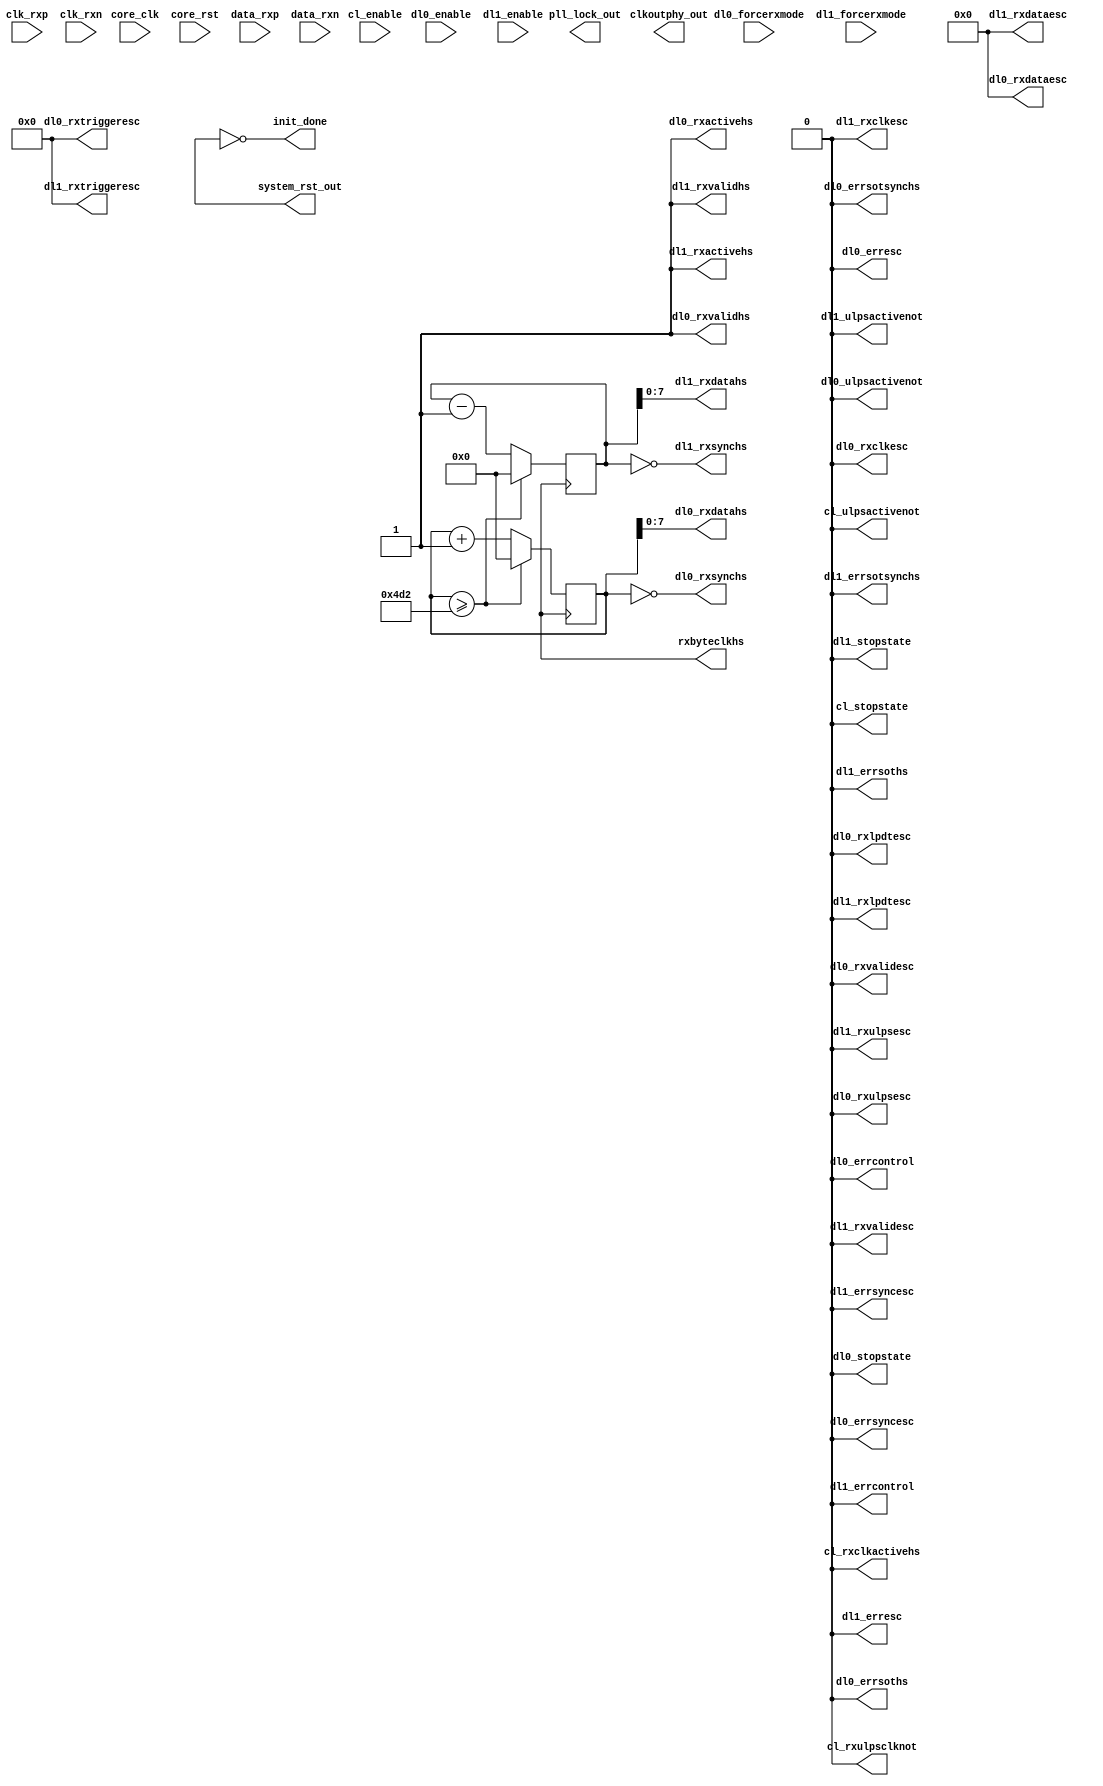
`timescale 1ns/1ps

module mipi_dphy_cam
   (
       input                core_clk,
       input                core_rst,
       output               rxbyteclkhs,


       output               clkoutphy_out,
       output               pll_lock_out,
       output               system_rst_out,
       output               init_done,

       //Clock lane PPI RX interface 
       output               cl_rxclkactivehs,
       output               cl_stopstate,
       input                cl_enable,
       output               cl_rxulpsclknot,
       output               cl_ulpsactivenot,

       //Data lane - 0 PPI RX high speed signals
       output   [7:0]       dl0_rxdatahs,
       output               dl0_rxvalidhs,
       output               dl0_rxactivehs,
       output               dl0_rxsynchs,

       //Data lane - 0 RX control siganls
       input                dl0_forcerxmode,
       output               dl0_stopstate,
       input                dl0_enable,
       output               dl0_ulpsactivenot,

       //Data lane - 0 RX escape mode signals
       output               dl0_rxclkesc,
       output               dl0_rxlpdtesc,
       output               dl0_rxulpsesc,
       output   [3:0]       dl0_rxtriggeresc,
       output   [7:0]       dl0_rxdataesc,
       output               dl0_rxvalidesc,

       //Data lane - 0 RX error signals
       output               dl0_errsoths,
       output               dl0_errsotsynchs,
       output               dl0_erresc,
       output               dl0_errsyncesc,
       output               dl0_errcontrol,

       //Data lane - 1 PPI RX high speed signals
       output   [7:0]       dl1_rxdatahs,
       output               dl1_rxvalidhs,
       output               dl1_rxactivehs,
       output               dl1_rxsynchs,

       //Data lane - 1 RX control siganls
       input                dl1_forcerxmode,
       output               dl1_stopstate,
       input                dl1_enable,
       output               dl1_ulpsactivenot,

       //Data lane - 1 RX escape mode signals
       output               dl1_rxclkesc,
       output               dl1_rxlpdtesc,
       output               dl1_rxulpsesc,
       output   [3:0]       dl1_rxtriggeresc,
       output   [7:0]       dl1_rxdataesc,
       output               dl1_rxvalidesc,

       //Data lane - 1 RX error signals
       output               dl1_errsoths,
       output               dl1_errsotsynchs,
       output               dl1_erresc,
       output               dl1_errsyncesc,
       output               dl1_errcontrol,


       //IO I/F signals for SLAVE(RX)
       input                clk_rxp,
       input                clk_rxn,
       input    [2 -1:0]    data_rxp,
       input    [2 -1:0]    data_rxn
    );
    
    //  force 
    reg     reset   /*verilator public_flat*/;
    reg     busy    /*verilator public_flat*/;
    reg     hs_clk  /*verilator public_flat*/;

    /*   
    parameter  RATE_HS = 8.768;
    
    reg     reset = 1;
    initial #100 reset = 0;
    
    reg     busy = 0;
    initial #1000 busy = 1;
    
    reg     hs_clk = 1;
    always #(RATE_HS/2.0) begin
        if ( busy ) begin
            hs_clk = ~hs_clk;
        end
    end
    */

    reg     [15:0]  reg_data0 = 0;
    reg     [15:0]  reg_data1 = 0;
    always @(posedge hs_clk) begin
        reg_data0 <= reg_data0 + 1;
        reg_data1 <= reg_data1 - 1;
        
        if ( reg_data0 >= 1234 ) begin
            reg_data0 <= 0;
            reg_data1 <= 0;
        end
    end
    
    
    
    assign rxbyteclkhs      = hs_clk;
    assign system_rst_out   = reset;
    assign init_done        = ~reset;
    
    assign cl_rxclkactivehs  = 0;
    assign cl_stopstate      = 0;
    assign cl_rxulpsclknot   = 0;
    assign cl_ulpsactivenot  = 0;
    
    assign dl0_rxdatahs      = reg_data0;
    assign dl0_rxvalidhs     = 1;
    assign dl0_rxactivehs    = 1;
    assign dl0_rxsynchs      = (reg_data0 == 0);
    
    assign dl0_stopstate     = 0;
    assign dl0_ulpsactivenot = 0;
    
    assign dl0_rxclkesc      = 0;
    assign dl0_rxlpdtesc     = 0;
    assign dl0_rxulpsesc     = 0;
    assign dl0_rxtriggeresc  = 0;
    assign dl0_rxdataesc     = 0;
    assign dl0_rxvalidesc    = 0;
    
    assign dl0_errsoths      = 0;
    assign dl0_errsotsynchs  = 0;
    assign dl0_erresc        = 0;
    assign dl0_errsyncesc    = 0;
    assign dl0_errcontrol    = 0;
    
    assign dl1_rxdatahs      = reg_data1;
    assign dl1_rxvalidhs     = 1;
    assign dl1_rxactivehs    = 1;
    assign dl1_rxsynchs      = (reg_data1 == 0);
    
    assign dl1_stopstate     = 0;
    assign dl1_ulpsactivenot = 0;
    
    assign dl1_rxclkesc = 0;
    assign dl1_rxlpdtesc = 0;
    assign dl1_rxulpsesc = 0;
    assign dl1_rxtriggeresc = 0;
    assign dl1_rxdataesc = 0;
    assign dl1_rxvalidesc = 0;

    assign dl1_errsoths = 0;
    assign dl1_errsotsynchs = 0;
    assign dl1_erresc       = 0;
    assign dl1_errsyncesc  = 0;
    assign dl1_errcontrol  = 0;
    
    
    
endmodule